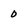
Character: 0